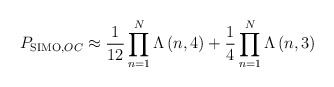
\begin{align*}{{P}_{\operatorname{SIMO},OC}}\approx \frac{1}{12}\prod\limits_{n=1}^{N}{\Lambda \left( n,4 \right)}+\frac{1}{4}\prod\limits_{n=1}^{N}{\Lambda \left( n,3 \right)}\end{align*}